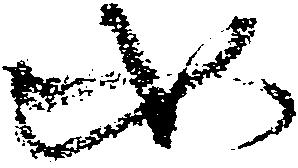
如